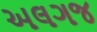
અલગજ